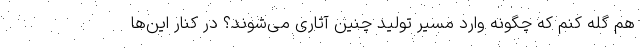
هم گله کنم که چگونه وارد مسیر تولید چنین آثاری می‌شوند؟ در کنار این‌ها